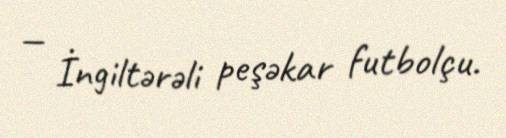
— İngiltərəli peşəkar futbolçu.